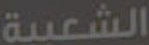
الشعبية